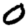
Digit: 0